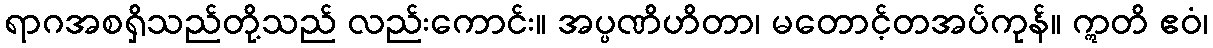
ရာဂအစရှိသည်တို့သည် လည်းကောင်း။ အပ္ပဏိဟိတာ၊ မတောင့်တအပ်ကုန်။ ဣတိ ဧဝံ၊